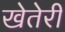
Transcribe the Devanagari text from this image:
खेतेरी